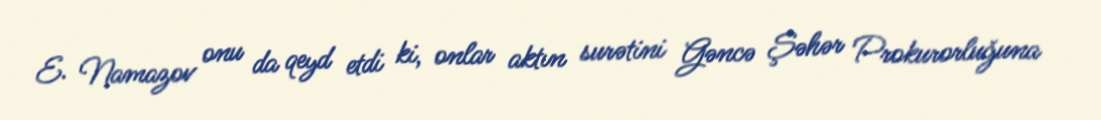
E. Namazov onu da qeyd etdi ki, onlar aktın surətini Gəncə Şəhər Prokurorluğuna